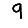
Digit: 9